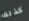
كذلك